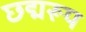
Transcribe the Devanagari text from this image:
छद्मरूप